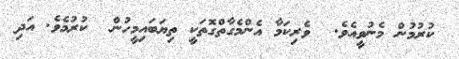
ކުރުމުން މެނުވީއެވެ.  ވެރިކަމާ އެންމެގާތްގޮތަކީ ތިޔަބައިމީހުން  ކުރުމެވެ. އަދި